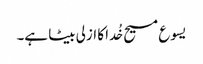
یسوع مسیح خُدا کا ازلی بیٹا ہے۔